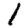
Digit: 1